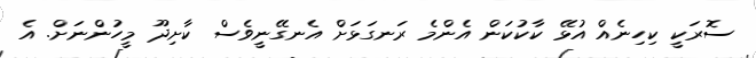
ސޮރަކީ ކިހިނެއް އުޅޭ ކާކުކަން އެންމެ ރަނގަޅަށް އެނގޭނީވެސް ކާށިދޫ މީހުންނަށް. އެ